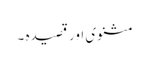
مثنوی اور قصیدہ ۔